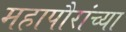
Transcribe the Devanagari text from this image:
महापौरांच्या